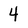
Character: 4